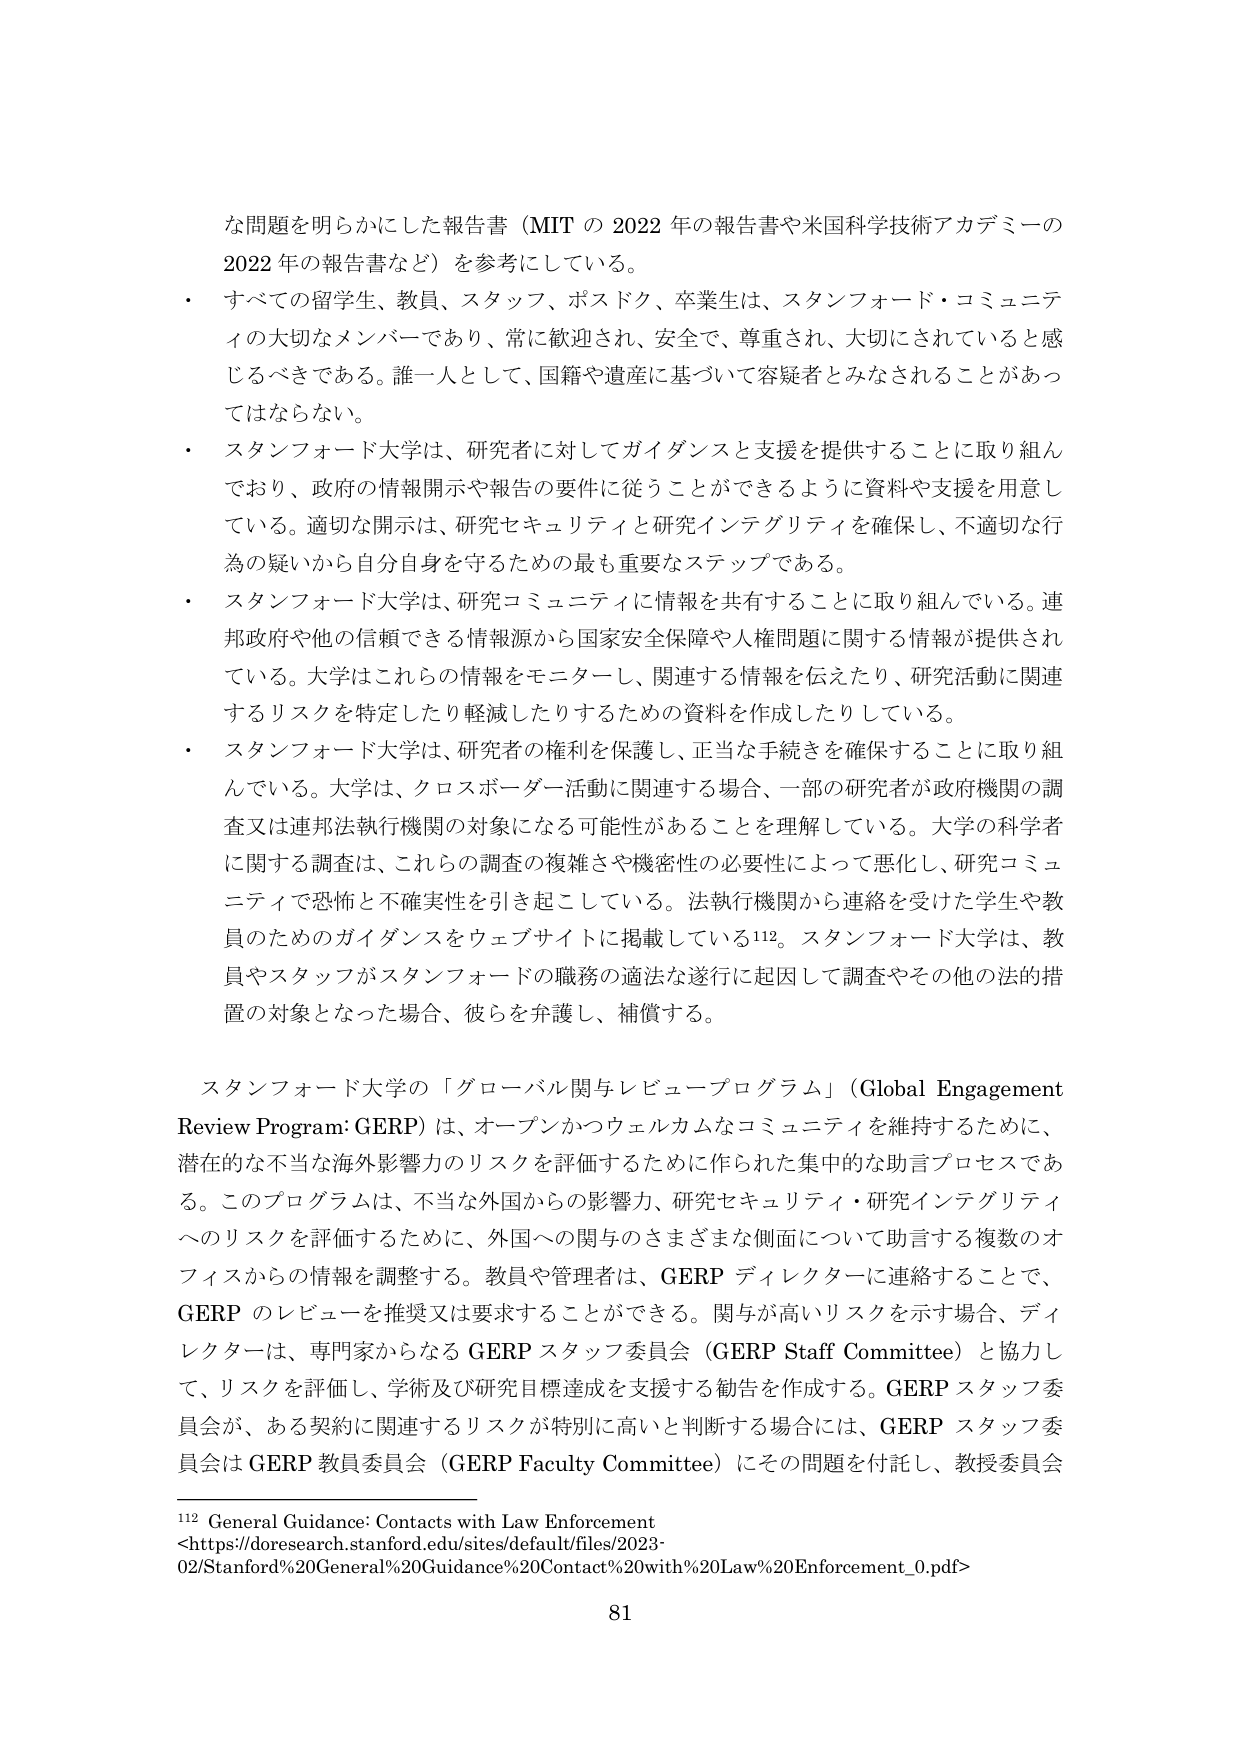
な問題を明らかにした報告書（MIT の 2022 年の報告書や米国科学技術アカデミーの 2022 年の報告書など）を参考にしている。

・ すべての留学生、教員、スタッフ、ポスドク、卒業生は、スタンフォード・コミュニティの大切なメンバーであり、常に歓迎され、安全で、尊重され、大切にされていると感じるべきである。誰一人として、国籍や遺産に基づいて容疑者とみなされることがあってはならない。

・ スタンフォード大学は、研究者に対してガイダンスと支援を提供することに取り組んでおり、政府の情報開示や報告の要件に従うことができるよう資料や支援を用意している。適切な開示は、研究セキュリティと研究インテグリティを確保し、不適切な行為の疑いから自分自身を守るための最も重要なステップである。

・ スタンフォード大学は、研究コミュニティに情報を共有することに取り組んでいる。連邦政府や他の信頼できる情報源から国家安全保障や人権問題に関する情報が提供されている。大学はこれらの情報をモニターし、関連する情報を伝えたり、研究活動に関連するリスクを特定したり軽減したりするための資料を作成したりしている。

・ スタンフォード大学は、研究者の権利を保護し、正当な手続きを確保することに取り組んでいる。大学は、クロスボーダー活動に関連する場合、一部の研究者が政府機関の調査又は連邦法執行機関の対象になる可能性があることを理解している。大学の科学者に関する調査は、これらの調査の複雑さや機密性の必要性によって悪化し、研究コミュニティで恐怖と不確実性を引き起こしている。法執行機関から連絡を受けた学生や教員のためのガイダンスをウェブサイトに掲載している112。スタンフォード大学は、教員やスタッフがスタンフォードの職務の適法な遂行に起因して調査やその他の法的措置の対象となった場合、彼らを弁護し、補償する。

スタンフォード大学の「グローバル関与レビュー・プログラム」（Global Engagement Review Program: GERP）は、オープンかつウェルカムなコミュニティを維持するために、潜在的な不当な海外影響力のリスクを評価するために作られた集中的な助言プロセスである。このプログラムは、不当な外国からの影響力、研究セキュリティ・研究インテグリティへのリスクを評価するために、外国への関与のさまざまな側面について助言する複数のオフィスからの情報を調整する。教員や管理者は、GERP ディレクターに連絡することで、GERP のレビューを推奨又は要求することができる。関与が高いリスクを示す場合、ディレクターは、専門家からなる GERP スタッフ委員会（GERP Staff Committee）と協力して、リスクを評価し、学術及び研究目標達成を支援する勧告を作成する。GERP スタッフ委員会が、ある契約に関連するリスクが特別に高いと判断する場合には、GERP スタッフ委員会は GERP 教員委員会（GERP Faculty Committee）にその問題を付託し、教授委員会

112 General Guidance: Contacts with Law Enforcement <https://doresearch.stanford.edu/sites/default/files/2023-02/Stanford%20General%20Guidance%20Contact%20with%20Law%20Enforcement_0.pdf>

81